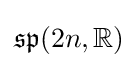
{\mathfrak {sp}}(2n,\mathbb {R} )